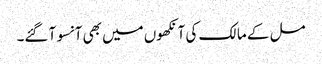
مل کے مالک کی آنکھوں میں بھی آنسو آ گئے۔